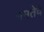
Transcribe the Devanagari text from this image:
ममतेचे